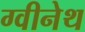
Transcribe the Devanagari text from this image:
ग्वीनेथ